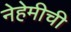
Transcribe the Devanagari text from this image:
नेहेमीची